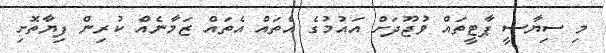
މި ސިޔާސީ ޕާޓީތައް ވުޖޫދަށް އައުމުގެ އެތައް އެތައް ޒަމާނެއް ކުރިން ފިޔާތޮށި